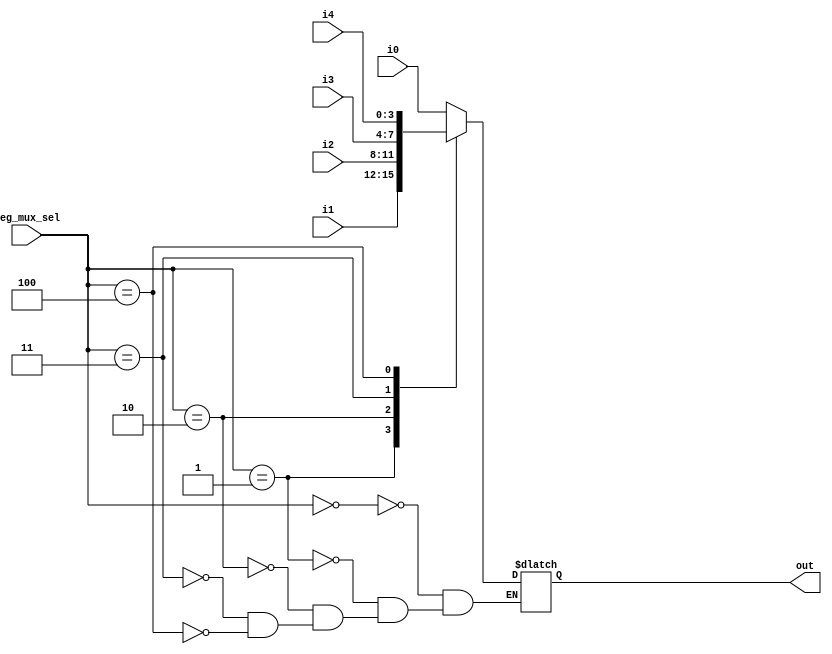
`timescale 1ns / 1ns
//////////////////////////////////////////////////////////////////////////////////
// Company: 
// Engineer: 
// 
// Design Name: 
// Module Name: segmentd
// Project Name: 
// Target Devices: 
// Tool Versions: 
// Description: 
// 
// Dependencies: 
// 
// Revision:
// Revision 0.01 - File Created
// Additional Comments:
// 
//////////////////////////////////////////////////////////////////////////////////


module segmentd_mux(
 output reg [3:0] out,
 input [3:0] i0,i1,i2,i3,i4,
 input [2:0] seg_mux_sel
    );

always @ (*)
begin 
 case(seg_mux_sel)
  3'd0 : out = i0;
  3'd1 : out = i1;
  3'd2 : out = i2;
  3'd3 : out = i3;
  3'd4 : out = i4;
//  default : out = 4'd11;
 endcase
end 

endmodule